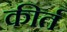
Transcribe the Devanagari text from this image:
कीर्त